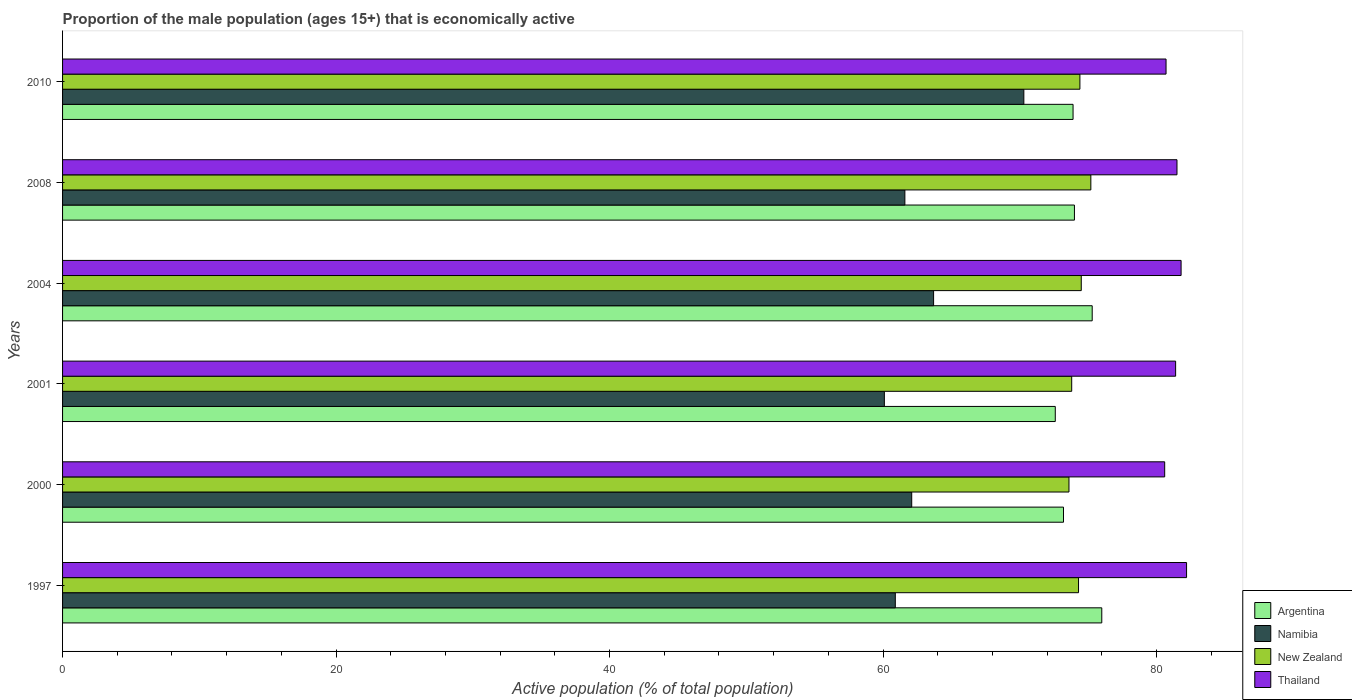
| Years | Argentina | Namibia | New Zealand | Thailand |
 | --- | --- | --- | --- | --- |
 | 1997 | 76 | 60.9 | 74.3 | 82.2 |
 | 2000 | 73.2 | 62.1 | 73.6 | 80.6 |
 | 2001 | 72.6 | 60.1 | 73.8 | 81.4 |
 | 2004 | 75.3 | 63.7 | 74.5 | 81.8 |
 | 2008 | 74 | 61.6 | 75.2 | 81.5 |
 | 2010 | 73.9 | 70.3 | 74.4 | 80.7 |